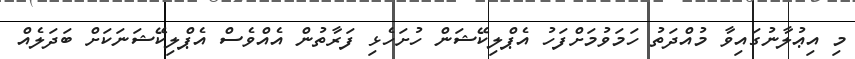
މި އިޢުލާނުގައިވާ މުއްދަތު ހަމަވުމަށްފަހު އެޕްލިކޭޝަން ހުށަހެޅި ފަރާތުން އެއްވެސް އެޕްލިކޭޝަނަކަށް ބަދަލެއް